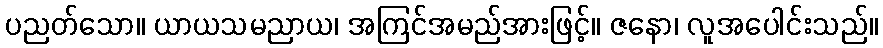
ပညတ်သော။ ယာယသမညာယ၊ အကြင်အမည်အားဖြင့်။ ဇနော၊ လူအပေါင်းသည်။